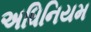
અધિનિયમ